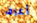
أعرف